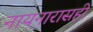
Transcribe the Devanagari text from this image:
नायनारासही